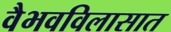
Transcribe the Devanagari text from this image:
वैभवविलासात